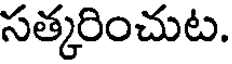
సత్కరించుట.